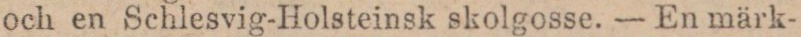
och en Schlesvig-Holsteinsk skolgosse. — En märk-